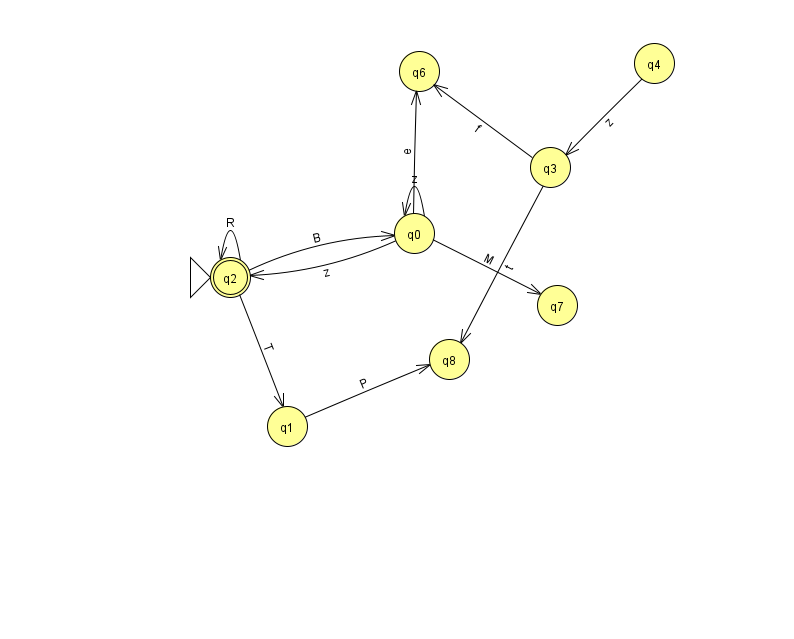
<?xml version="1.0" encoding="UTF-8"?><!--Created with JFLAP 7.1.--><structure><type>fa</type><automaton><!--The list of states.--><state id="0" name="q0"><x>414.0</x><y>220.0</y></state><state id="1" name="q1"><x>287.0</x><y>413.0</y></state><state id="2" name="q2"><x>230.0</x><y>264.0</y><initial/><final/></state><state id="3" name="q3"><x>550.0</x><y>154.0</y></state><state id="4" name="q4"><x>654.0</x><y>50.0</y></state><state id="6" name="q6"><x>419.0</x><y>58.0</y></state><state id="7" name="q7"><x>557.0</x><y>292.0</y></state><state id="8" name="q8"><x>449.0</x><y>346.0</y></state><!--The list of transitions.--><transition><from>1</from><to>8</to><read>P</read></transition><transition><from>2</from><to>0</to><read>B</read></transition><transition><from>2</from><to>2</to><read>R</read></transition><transition><from>3</from><to>8</to><read>t</read></transition><transition><from>0</from><to>6</to><read>e</read></transition><transition><from>4</from><to>3</to><read>z</read></transition><transition><from>0</from><to>2</to><read>z</read></transition><transition><from>2</from><to>1</to><read>T</read></transition><transition><from>0</from><to>0</to><read>z</read></transition><transition><from>3</from><to>6</to><read>f</read></transition><transition><from>0</from><to>7</to><read>M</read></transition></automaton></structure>